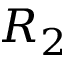
R _ { 2 }